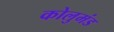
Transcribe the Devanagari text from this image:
कोलुमंड